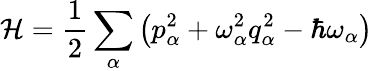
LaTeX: {\mathcal{H}}={\frac{1}{2}}\sum_{\alpha}\left(p_{\alpha}^{2}+\omega_{\alpha}^{2}q_{\alpha}^{2}-\hbar\omega_{\alpha}\right)